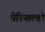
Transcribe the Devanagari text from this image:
पेरिनाल्डो